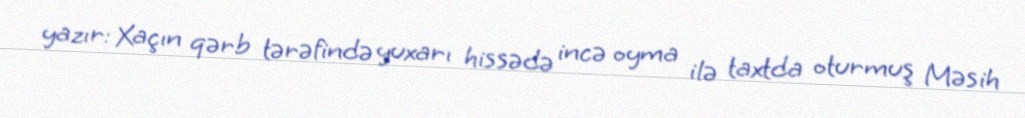
yazır: Xaçın qərb tərəfində yuxarı hissədə incə oyma ilə taxtda oturmuş Məsih